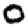
Digit: 0